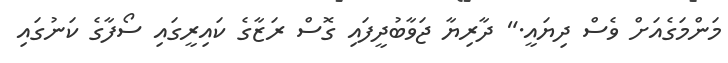
މަންމަގެއަށް ވެސް ދިޔައީ." ދާރިޔާ ޖަވާބުދީފައި ގޮސް ރަޒާގެ ކައިރީގައި ސޯފާގެ ކަނުގައި